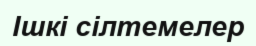
Ішкі сілтемелер